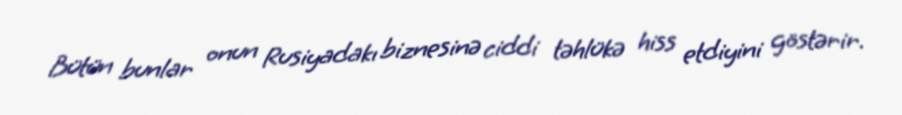
Bütün bunlar onun Rusiyadakı biznesinə ciddi təhlükə hiss etdiyini göstərir.